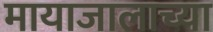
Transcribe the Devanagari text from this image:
मायाजालाच्या